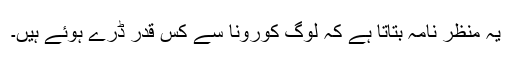
یہ منظر نامہ بتاتا ہے کہ لوگ کورونا سے کس قدر ڈرے ہوئے ہیں۔